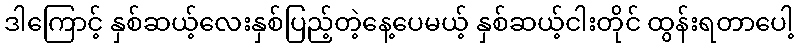
ဒါကြောင့် နှစ်ဆယ့်လေးနှစ်ပြည့်တဲ့နေ့ပေမယ့် နှစ်ဆယ့်ငါးတိုင် ထွန်းရတာပေါ့